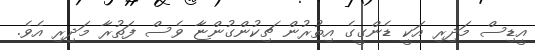
އީޑިސް މަދިރި އަކީ ޑެންގީގެ އިތުރުން ޗިކުންގުންޏާ ވެސް ފަތުރާ މަދިރި އެވެ.